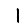
Digit: 1